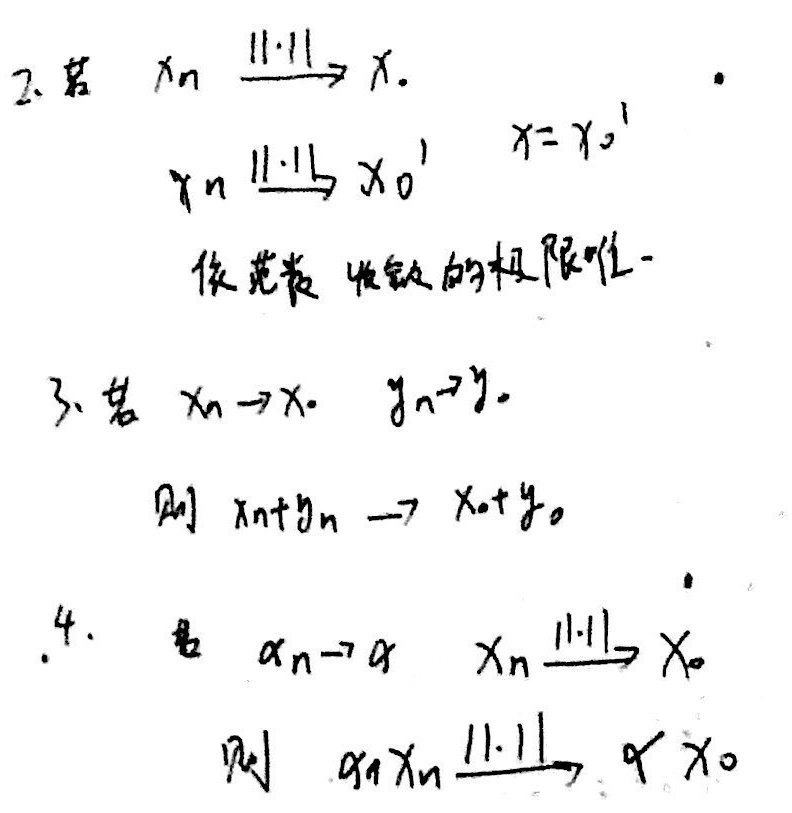
2. 若 \(x_n\xrightarrow{\|\cdot\|}x\)，\(y_n\xrightarrow{\|\cdot\|}x_0'\)，且 \(x = x_0'\)，依范数收敛的极限唯一。

3. 若 \(x_n\rightarrow x\)，\(y_n\rightarrow y\)，则 \(x_n + y_n\rightarrow x + y\)。

4. 若 \(\alpha_n\rightarrow\alpha\)，\(x_n\xrightarrow{\|\cdot\|}x_0\)，则 \(\alpha_nx_n\xrightarrow{\|\cdot\|}\alpha x_0\)